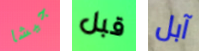
جيشا قبل آبل